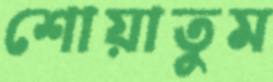
শোয়াতুম